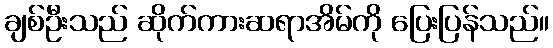
ချစ်ဦးသည် ဆိုက်ကားဆရာအိမ်ကို ပြေးပြန်သည်။